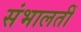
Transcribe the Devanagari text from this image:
संभालतीं